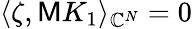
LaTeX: \langle\zeta,\mathsf{M}K_{1}\rangle_{\mathbb{C}^{N}}=0